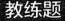
教练题